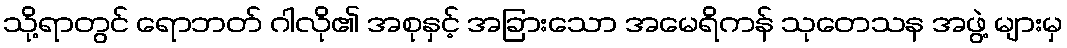
သို့ရာတွင် ရောဘတ် ဂါလို၏ အစုနှင့် အခြားသော အမေရိကန် သုတေသန အဖွဲ့ များမှ